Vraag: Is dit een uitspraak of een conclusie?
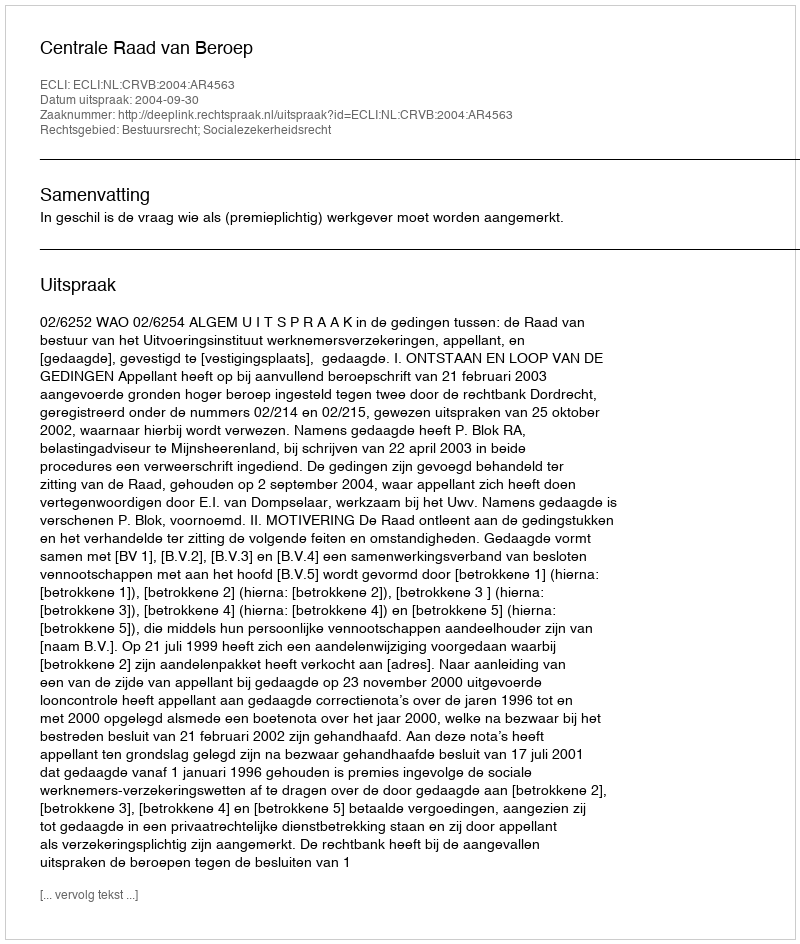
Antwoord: Uitspraak